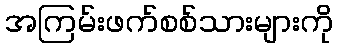
အကြမ်းဖက်စစ်သားများကို